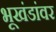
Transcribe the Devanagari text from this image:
भूखंडांवर